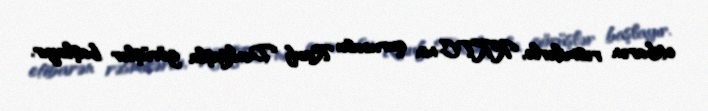
etibarən rəsmilərlə, KKTC-nin qurucusu Rauf Denktaşla görüşlər başlayır.